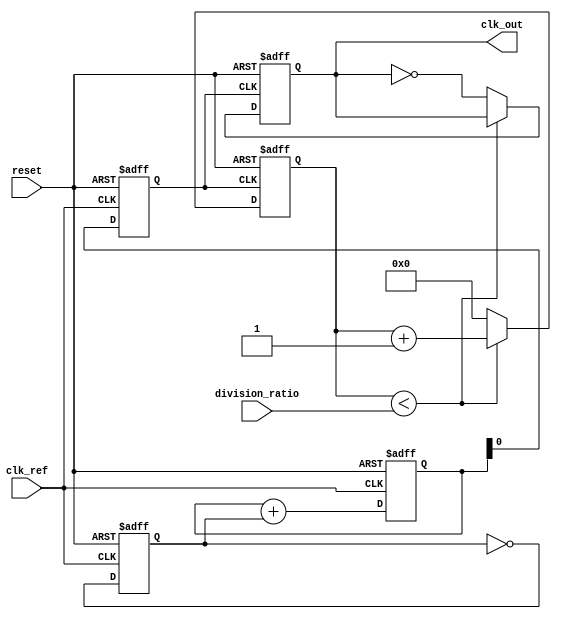
module fractional_pll (
    input wire clk_ref,                  // Reference clock input
    input wire reset,                    // Reset signal
    input wire [7:0] division_ratio,     // Division ratio for frequency divider
    output wire clk_out                  // Output clock
);

    // Phase Detector
    reg phase_detector_out;
    always @(posedge clk_ref or posedge reset) begin
        if (reset) begin
            phase_detector_out <= 0;
        end else begin
            // Simple phase detection logic (for illustration)
            // In practice, this needs to compare phases properly
            phase_detector_out <= ~phase_detector_out;
        end
    end

    // Loop Filter (Simple Integrator)
    reg [15:0] loop_filter_out;
    always @(posedge clk_ref or posedge reset) begin
        if (reset) begin
            loop_filter_out <= 0;
        end else begin
            // Integrate the phase detector output
            loop_filter_out <= loop_filter_out + phase_detector_out;
        end
    end

    // Voltage-Controlled Oscillator (VCO)
    reg [7:0] vco_out;
    always @(posedge clk_ref or posedge reset) begin
        if (reset) begin
            vco_out <= 8'b00000000; // Initial frequency
        end else begin
            // Control VCO frequency by loop filter output
            vco_out <= loop_filter_out[7:0]; // Example frequency output
        end
    end

    // Frequency Divider
    reg [7:0] divider_count;
    reg clk_divided;
    
    always @(posedge vco_out[0] or posedge reset) begin
        if (reset) begin
            divider_count <= 0;
            clk_divided <= 0;
        end else begin
            if (divider_count < division_ratio) begin
                divider_count <= divider_count + 1;
            end else begin
                divider_count <= 0;
                clk_divided <= ~clk_divided; // Toggle output clock
            end
        end
    end

    // Output Buffer
    assign clk_out = clk_divided;

endmodule